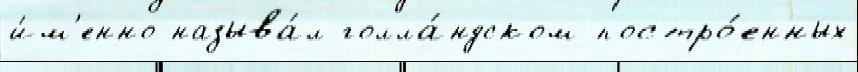
и́м'енно называ́л голла́ндском постро́енных